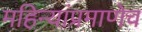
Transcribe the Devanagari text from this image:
महिन्यांप्रमाणेच